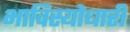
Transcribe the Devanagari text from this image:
भाविस्योधारी